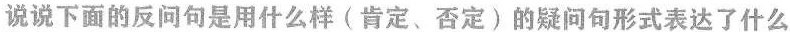
说说下面的反问句是用什么样(肯定、否定)的疑问句形式表达了什么